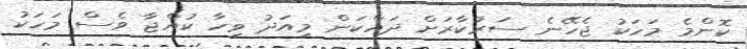
ކޮންމެ މަހަކު ޖެހޭނެ ސަރުކާރަށް ދައްކަން މިއަދު ވިހާ ކުއްޖާ ވެސް މަހަކު